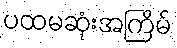
ပထမဆုံးအကြိမ်